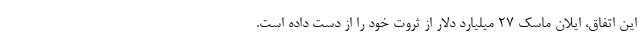
این اتفاق، ایلان ماسک ۲۷ میلیارد دلار از ثروت خود را از دست داده است.